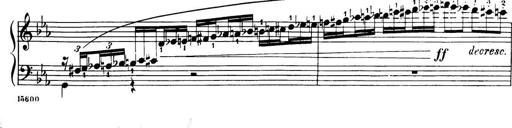
Title: 32 Sonatinas and Rondos for the Piano
Composer: Richard Kleinmichel